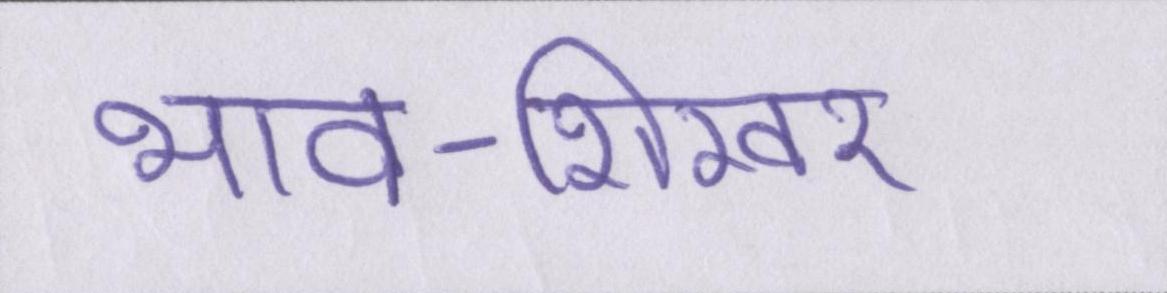
भाव-शिखर